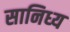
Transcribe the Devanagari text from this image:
सानिध्‍य